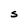
Character: S